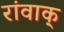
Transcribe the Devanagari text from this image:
रांवाक्